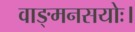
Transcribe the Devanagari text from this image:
वाङ्मनसयोः।